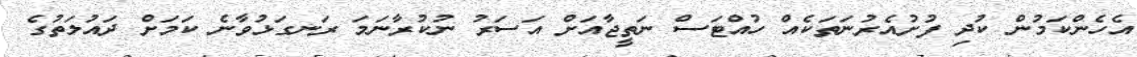
އެހެންކަމުން ކުދި ފުށުއެރުނަތަކެއް ހުއްޓަސް ނަތީޖާއަށް އަސަރު ނުކުރާނަމަ ރަނގަޅުވާނެ ކަމަށް ދައުލަތުގެ